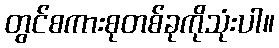
တွင်စကားစုတစ်ခုကိုသုံးပါ။